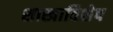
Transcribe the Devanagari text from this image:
शाखाविशेष